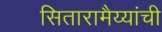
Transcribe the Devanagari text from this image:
सितारामैय्यांची